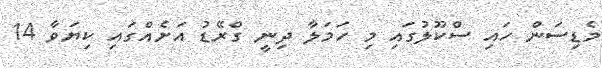
މެޑިސަން ހައި ސްކޫލުގައި މި ހަމަލާ ދިނީ ގްރޭޑު އަށެއްގައި ކިޔަވާ 14